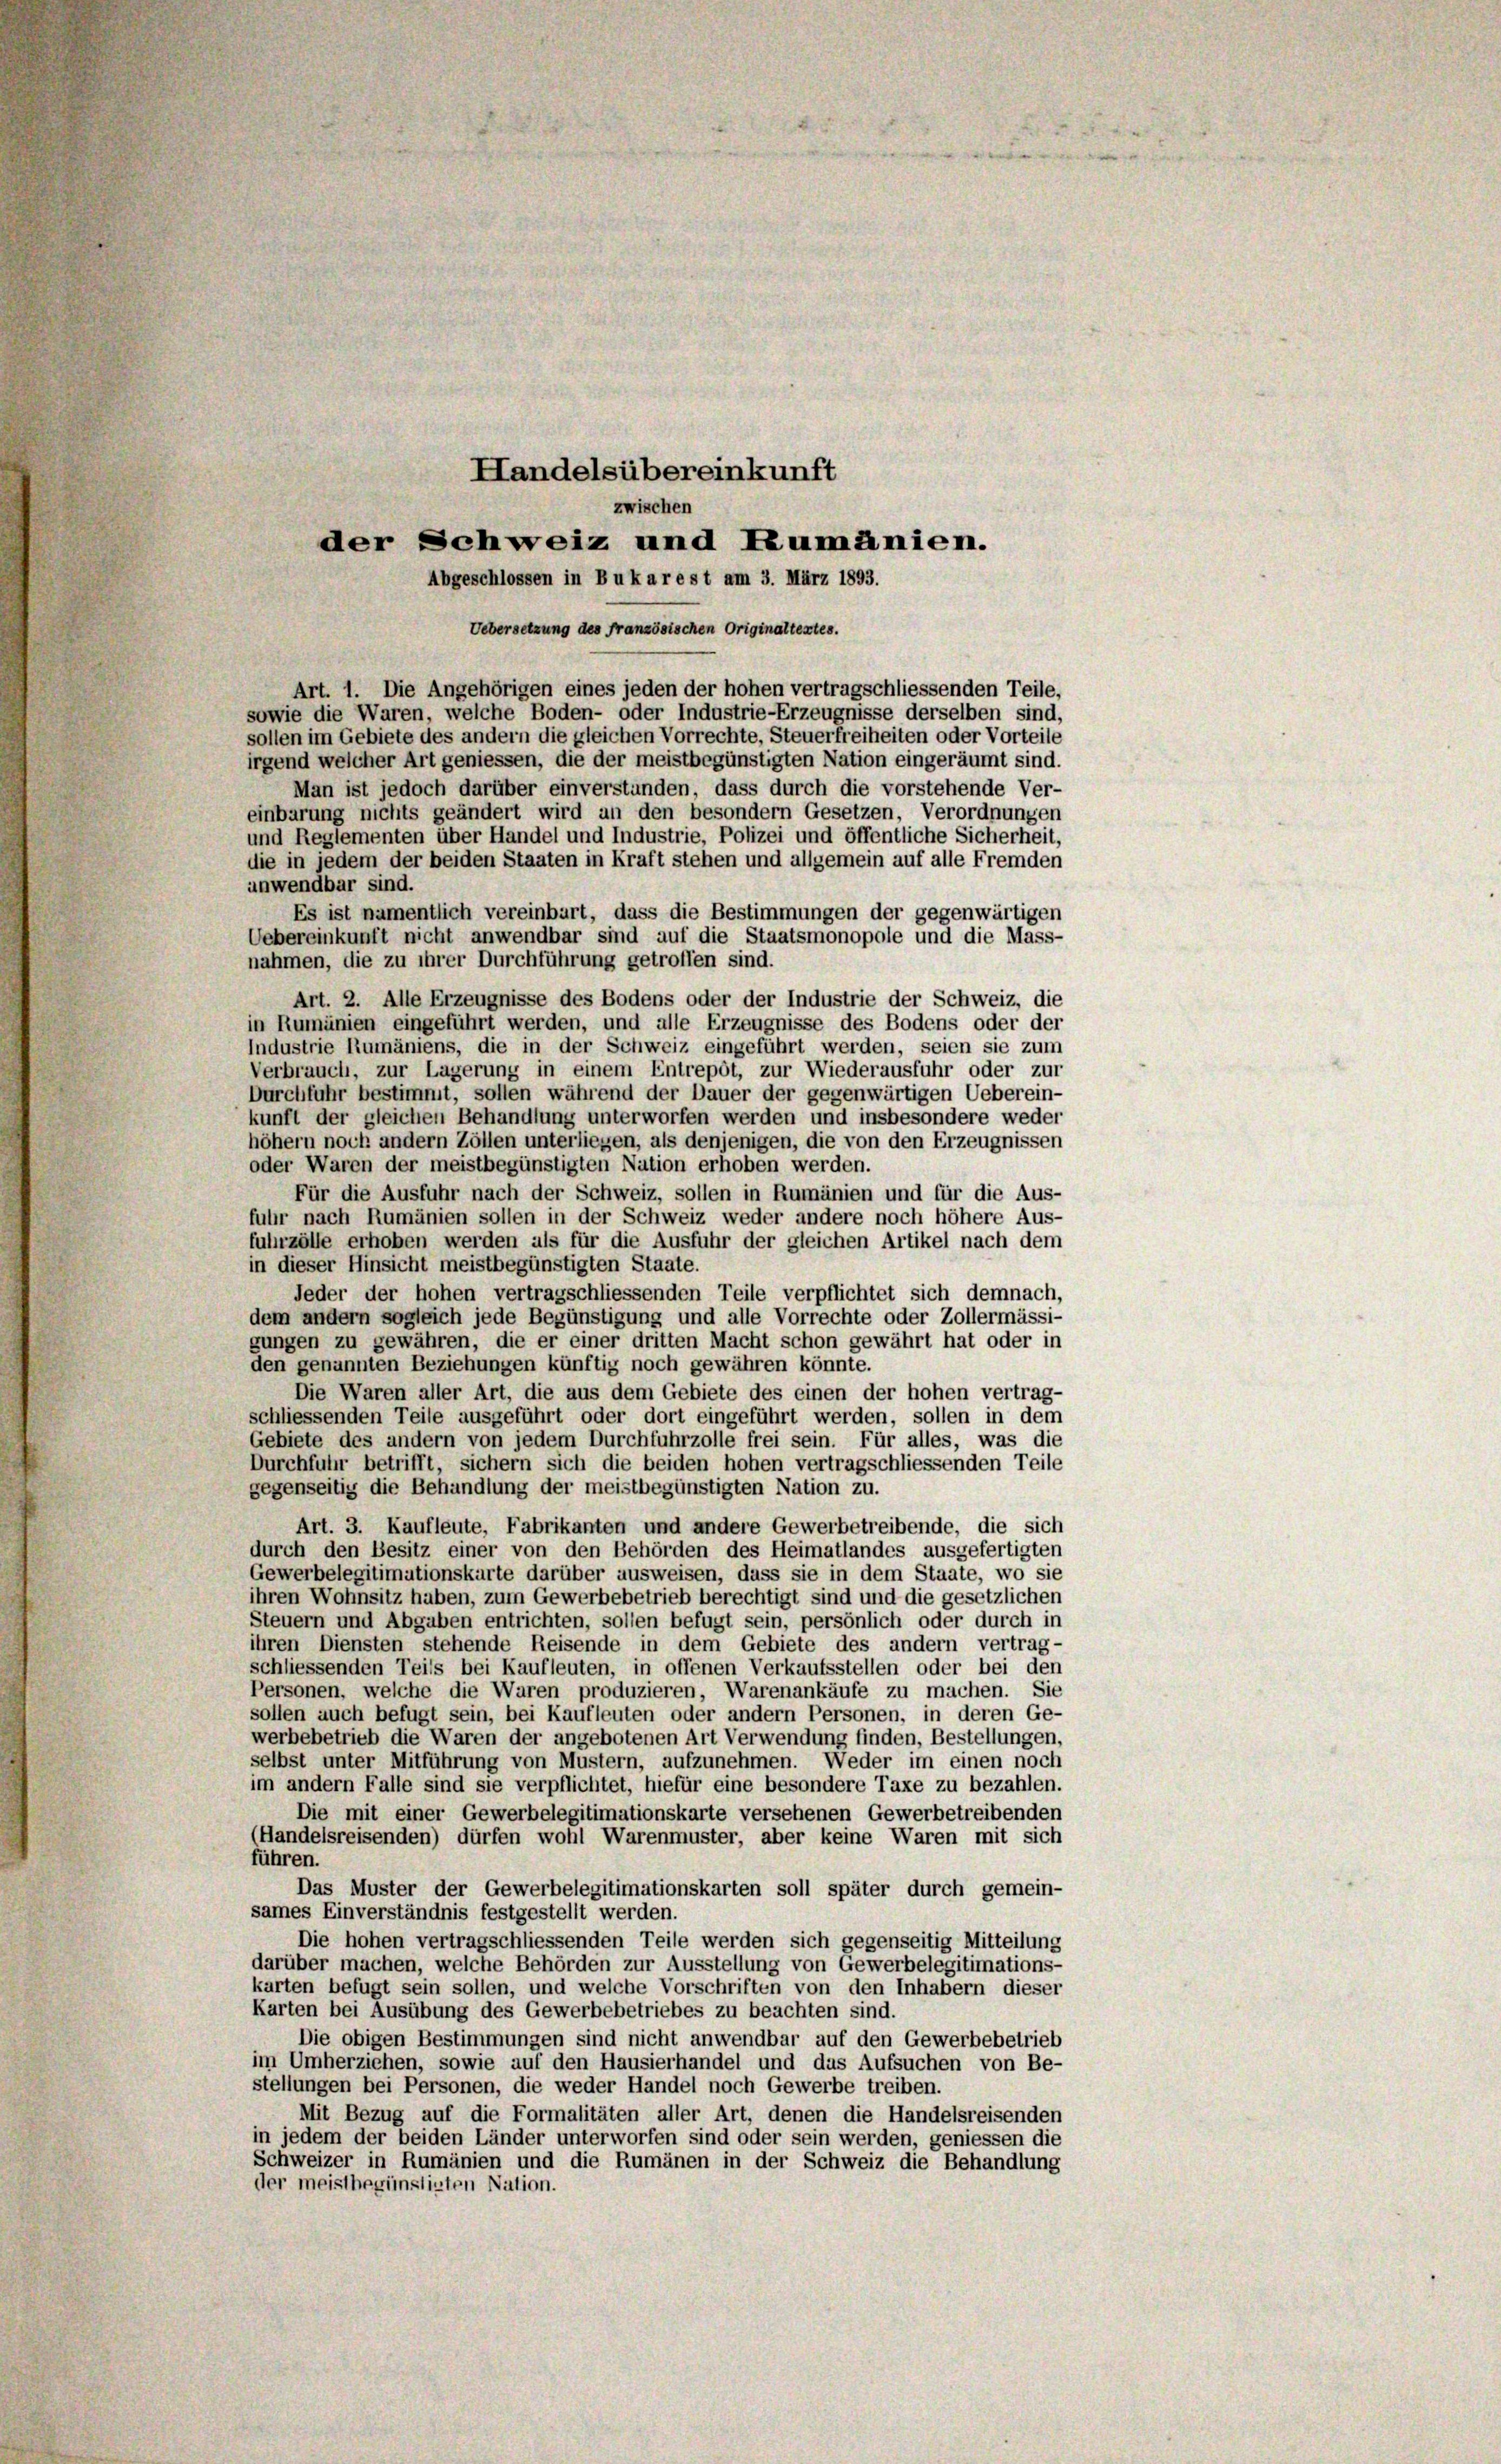
Handelsübereinkunft
zwischen
der Schweiz und Rumänien.

Art. 1. Die Angehörigen eines jeden der hohen vertragschliessenden Teile,
sowie die Waren, welche Boden- oder Industrie-Erzeugnisse derselben sind,
sollen im Gebiete des andern die gleichen Vorrechte, Steuerfreiheiten oder Vorteile
irgend welcher Art geniessen, die der meistbegünstigten Nation eingeräumt sind.
Man ist jedoch darüber einverstunden, dass durch die vorstehende Ver-
einbarung nichts geändert wird an den besondern Gesetzen, Verordnungen
und Reglementen über Handel und Industrie, Polizei und öffentliche Sicherheit,
die in jedem der beiden Staaten in Kraft stehen und allgemein auf alle Fremden
unwendbar sind.
Es ist namentlich vereinbart, dass die Bestimmungen der gegenwärtigen
Uebereinkunft nicht anwendbar sind auf die Staatsmonopole und die Mass-
nahmen, die zu ihrer Durchführung getroffen sind.
Art. 2. Alle Erzeugnisse des Bodens oder der Industrie der Schweiz, die
in Rumänien eingeführt werden, und alle Erzeugnisse des Bodens oder der
Industrie Rumäniens, die in der Schweiz eingeführt werden, seien sie zum
Verbrauch, zur Lagerung in einem Entrepôt, zur Wiederausfuhr oder zur
Durchfuhr bestimmt, sollen während der Dauer der gegenwärtigen Ueberein-
kunft der gleichen Behandlung unterworfen werden und insbesondere weder
höhern noch andern Zöllen unterliegen, als denjenigen, die von den Erzeugnissen
oder Waren der meistbegünstigten Nation erhoben werden.
Für die Ausfuhr nach der Schweiz, sollen in Rumänien und für die Aus-
fuhr nach Rumänien sollen in der Schweiz weder andere noch höhere Aus-
fuhrzölle erhoben werden als für die Ausfuhr der gleichen Artikel nach dem
in dieser Hinsicht meistbegünstigten Staate.
Jeder der hohen vertragschliessenden Teile verpflichtet sich demnach,
dem andern sogleich jede Begünstigung und alle Vorrechte oder Zollermässi-
gungen zu gewähren, die er einer dritten Macht schon gewährt hat oder in
den genannten Beziehungen künftig noch gewähren könnte.
Die Waren aller Art, die aus dem Gebiete des einen der hohen vertrag-
schliessenden Teile ausgeführt oder dort eingeführt werden, sollen in dem
Gebiete des andern von jedem Durchfuhrzolle frei sein. Für alles, was die
Durchfuhr betrifft, sichern sich die beiden hohen vertragschliessenden Teile
gegenseitig die Behandlung der meistbegünstigten Nation zu.
Art. 3. Kaufleute, Fabrikanten und andere Gewerbetreibende, die sich
durch den Besitz einer von den Behörden des Heimatlandes ausgefertigten
Gewerbelegitimationskarte darüber ausweisen, dass sie in dem Staate, wo sie
ihren Wohnsitz haben, zum Gewerbebetrieb berechtigt sind und die gesetzlichen
Steuern und Abgaben entrichten, sollen befugt sein, persönlich oder durch in
ihren Diensten stehende Reisende in dem Gebiete des andern vertrag-
schliessenden Teils bei Kaufleuten, in offenen Verkaufsstellen oder bei den
Personen, welche die Waren produzieren, Warenankäufe zu machen. Sie
sollen auch befugt sein, bei Kaufleuten oder andern Personen, in deren Ge-
werbebetrieb die Waren der angebotenen Art Verwendung finden, Bestellungen,
selbst unter Mitführung von Mustern, aufzunehmen. Weder im einen noch
im andern Falle sind sie verpflichtet, hiefür eine besondere Taxe zu bezahlen.
Die mit einer Gewerbelegitimationskarte versehenen Gewerbetreibenden
(Handelsreisenden) dürfen wohl Warenmuster, aber keine Waren mit sich
führen.
Das Muster der Gewerbelegitimationskarten soll später durch gemein-
sames Einverständnis festgestellt werden.
Die hohen vertragschliessenden Teile werden sich gegenseitig Mitteilung
darüber machen, welche Behörden zur Ausstellung von Gewerbelegitimations-
karten befugt sein sollen, und welche Vorschriften von den Inhabern dieser
Karten bei Ausübung des Gewerbebetriebes zu beachten sind.
Die obigen Bestimmungen sind nicht anwendbar auf den Gewerbebetrieb
im Umherziehen, sowie auf den Hausierhandel und das Aufsuchen von Be-
stellungen bei Personen, die weder Handel noch Gewerbe treiben.
Mit Bezug auf die Formalitäten aller Art, denen die Handelsreisenden
in jedem der beiden Länder unterworfen sind oder sein werden, geniessen die
Schweizer in Rumänien und die Rumänen in der Schweiz die Behandlung
der meistbegünstigten Nation.

Abgeschlossen in Buka rest am 3. März 1893.
Uebersetzung des französischen Originaltextes.